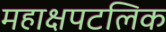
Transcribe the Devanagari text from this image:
महाक्षपटलिक